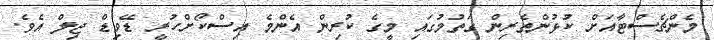
މެންޗެސްޓާއަށް ކުޅުންތެރިން ގަތުމުގައި މީގެ ކުރިން އެންމެ އިސްކޯށްހުރީ ޑޭވިޑް ޖިލް އެވެ.